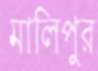
মালিপুর